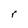
Character: r